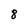
Character: 8